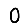
Digit: 0